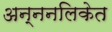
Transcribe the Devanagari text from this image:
अन्ननलिकेत